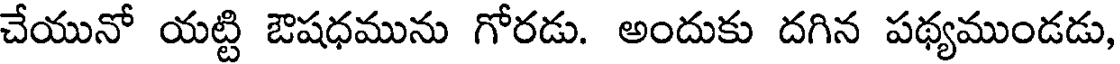
చేయునో యట్టి ఔషధమును గోరడు. అందుకు దగిన పథ్యముండడు,